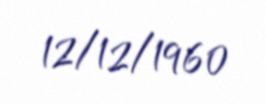
12/12/1960